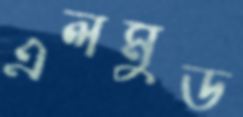
এলমুড